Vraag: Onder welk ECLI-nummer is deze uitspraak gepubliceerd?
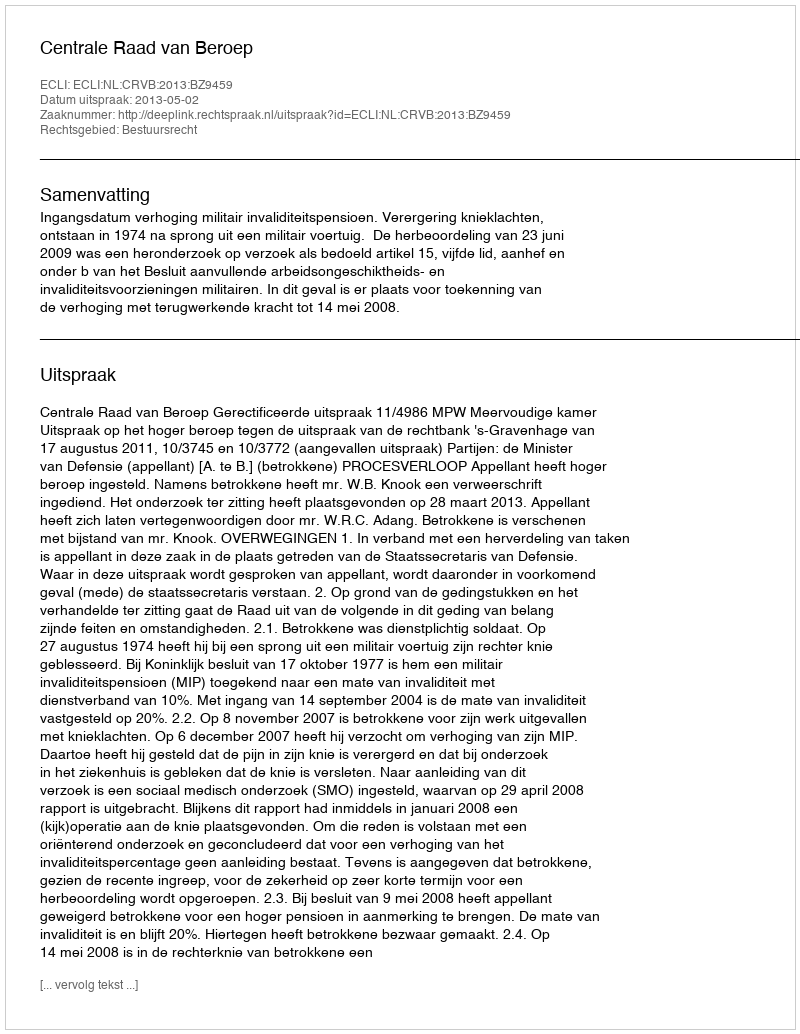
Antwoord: ECLI:NL:CRVB:2013:BZ9459